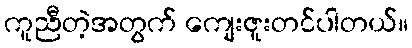
ကူညီတဲ့အတွက် ကျေးဇူးတင်ပါတယ်။